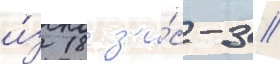
и́з 18 з'и́с-3 //